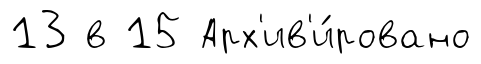
13 в 15 Арх'ив'и́ровано